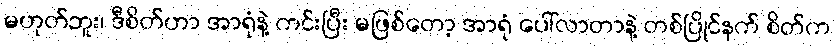
မဟုတ်ဘူး၊ ဒီစိတ်ဟာ အာရုံနဲ့ ကင်းပြီး မဖြစ်တော့ အာရုံ ပေါ်လာတာနဲ့ တစ်ပြိုင်နက် စိတ်က